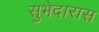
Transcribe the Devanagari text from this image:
सुभेदारास